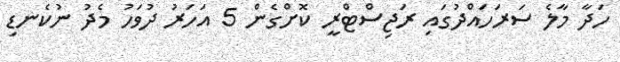
ހަދާ މާލެ ސަރަހައްދުގައި ރަޖިސްޓްރީ ކޮށްގެން 5 އަހަރު ދުވަހު މެދު ނުކެނޑި